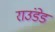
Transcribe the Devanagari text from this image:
राउंडेड